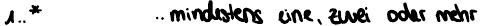
1..*    .. mindestens eine, zwei oder mehr